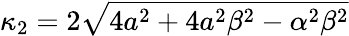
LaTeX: \kappa_{2}=2\sqrt{4a^{2}+4a^{2}\beta^{2}-\alpha^{2}\beta^{2}}